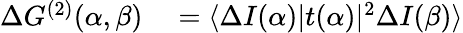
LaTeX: \begin{array}{rl}{\Delta G^{(2)}(\alpha,\beta)}&{{}=\langle\Delta I(\alpha)|t(\alpha)|^{2}\Delta I(\beta)\rangle}\end{array}